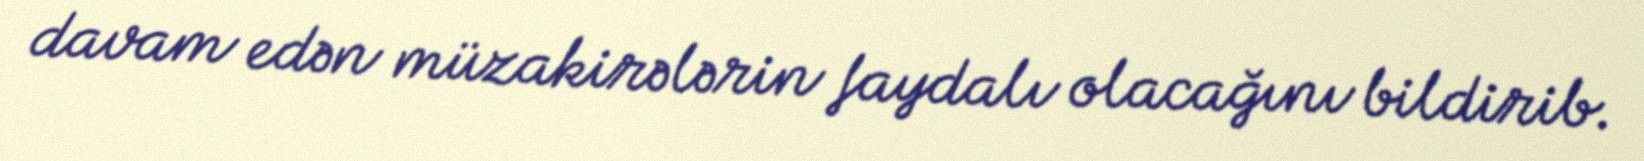
davam edən müzakirələrin faydalı olacağını bildirib.